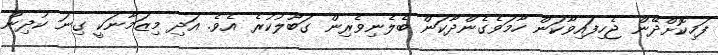
ފަހިކޮށްދޭން ޖެހިފައިވާކަން ހާމަވެގެންދާކަން ބެލެނިވެރިން ގަބޫލުކުރެ އެވެ. އަދި މިޒަމާނަކީ ގިނަ ކުދިން